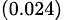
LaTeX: _{(0.024)}